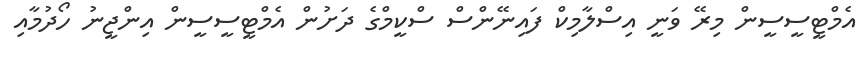
އެމްޓީސީސީން މިރޭ ވަނީ އިސްލާމިކް ފައިނޭންސް ސްކީމްގެ ދަށުން އެމްޓީސީސީން އިންޖީނު ހޯދުމާއި